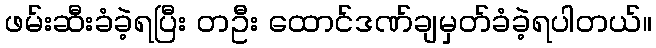
ဖမ်းဆီးခံခဲ့ရပြီး တဦး ထောင်ဒဏ်ချမှတ်ခံခဲ့ရပါတယ်။